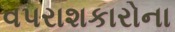
વપરાશકારોના